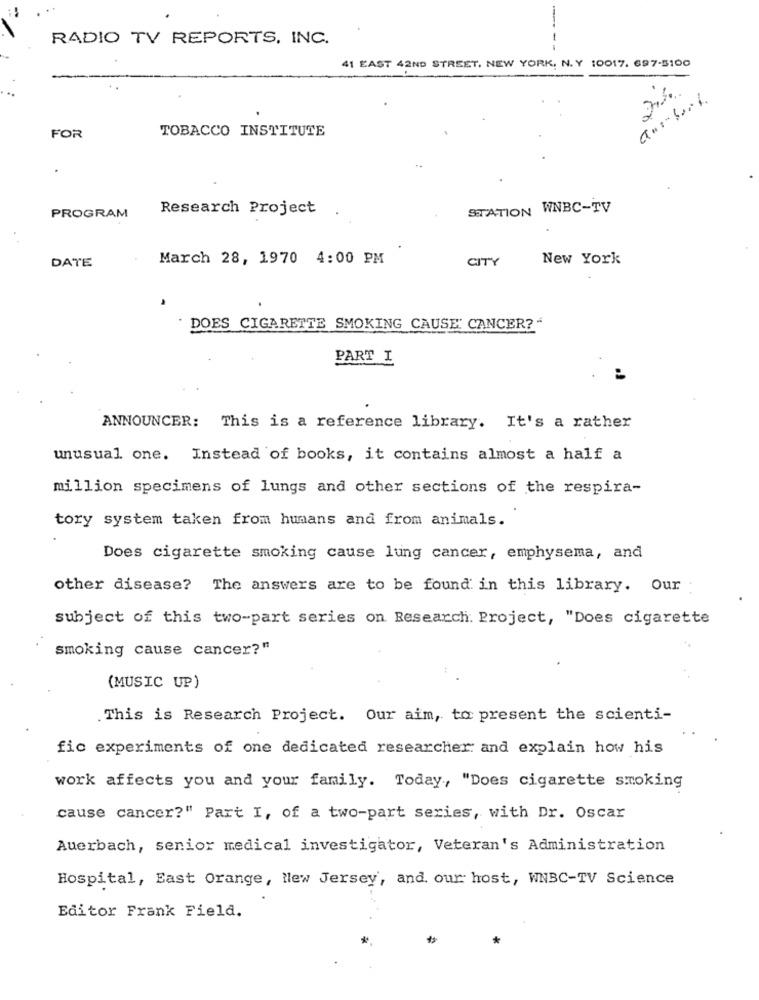
RADIO TV REPORTS, INC.
41 EAST 42ND STREET, NEW YORK, N. Y 10017. 697-5100
TOBACCO INSTITUTE
FOR
Research Project
STATION WNBC-TV
PROGRAM
DATE
March 28, 1970 4:00 PM
New York
CITY
DOES CIGARETTE SMOKING CAUSE CANCER?"
PART I
ANNOUNCER: This is a reference library. It's a rather
unusual one. Instead of books, it contains almost a half a
million specimens of lungs and other sections of the respira-
tory system taken from humans and from animals.
Does cigarette smoking cause lung cancer, emphysema, and
other disease? The answers are to be found in this library. Our
subject of this two-part series on Research Project, "Does cigarette
smoking cause cancer?"
(MUSIC UP)
. This is Research Project. Our aim, to present the scienti-
fic experiments of one dedicated researcher and explain how his
work affects you and your family. Today, "Does cigarette smoking
cause cancer?" Part I, of a two-part series, with Dr. Oscar
Auerbach, senior medical investigator, Veteran's Administration
Hospital, East Orange, New Jersey, and. our host, WNBC-TV Science
Editor Frank Field.